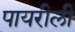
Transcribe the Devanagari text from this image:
पायरीली